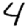
Digit: 4